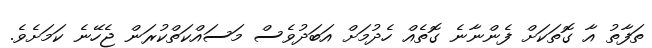
ތަފާތު އާ ގޮތަކަށް ފެންނާނެ ގޮތެއް ހެދުމަށް އަބަދުވެސް މަސައްކަތްކުރަން ޖެހޭނެ ކަމަށެވެ.